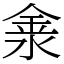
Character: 淾